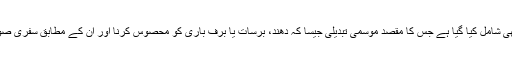
ٹیسلا گاڑی میں ریڈار بھی شامل کیا گیا ہے جس کا مقصد موسمی تبدیلی جیسا کہ دھند، برسات یا برف باری کو محصوس کرنا اور ان کے مطابق سفری صورتحال کا جائزہ لینا ہے۔